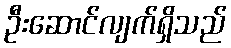
ဦးဆောင်လျက်ရှိသည်